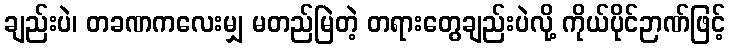
ချည်းပဲ၊ တခဏကလေးမျှ မတည်မြဲတဲ့ တရားတွေချည်းပဲလို့ ကိုယ်ပိုင်ဉာဏ်ဖြင့်